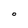
Character: O